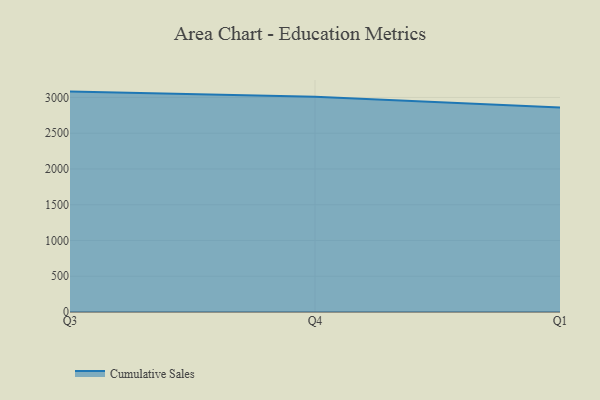
{"axis": {"x": "Quarter", "y": "Gross Profit (USD K)"}, "legend": ["Cumulative Sales"], "data": [{"x": "Q3", "y": 3082.2, "type": "Cumulative Sales"}, {"x": "Q4", "y": 3009.8, "type": "Cumulative Sales"}, {"x": "Q1", "y": 2858.3, "type": "Cumulative Sales"}]}